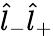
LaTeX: \hat{l}_{-}\hat{l}_{+}